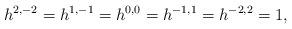
LaTeX: \begin{align*}h^{2,-2}= h^{1, -1}= h^{0,0}=h^{-1, 1}= h^{-2,2}=1, \end{align*}